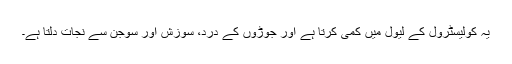
یہ کولیسٹرول کے لیول میں کمی کرتا ہے اور جوڑوں کے درد، سوزش اور سوجن سے نجات دلتا ہے۔